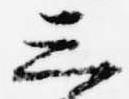
三